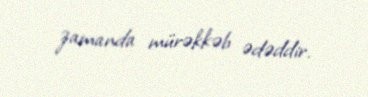
zamanda mürəkkəb ədəddir.